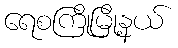
ရေစကြိုမြို့နယ်